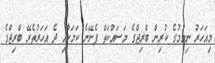
މިއަހަރު ނިމުމުގެ ކުރިން ބްރިޖްގެ މަސައްކަތް ފެށޭނެ ކަަމަށާއި ދެ އަހަރުތެރޭ ބްރިޖްގެ